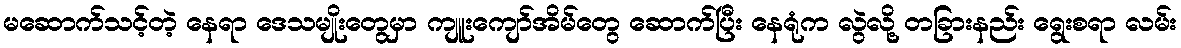
မဆောက်သင့်တဲ့ နေရာ ဒေသမျိုးတွေမှာ ကျူးကျော်အိမ်တွေ ဆောက်ပြီး နေရုံက လွဲလို့ တခြားနည်း ရွေးစရာ လမ်း